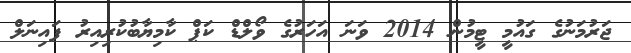
ޖަރުމަނުގެ ގައުމީ ޓީމުން 2014 ވަނަ އަހަރުގެ ވޯލްޑް ކަޕް ކާމިޔާބުކުރިއިރު ފައިނަލް